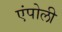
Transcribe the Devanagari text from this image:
एंपोली